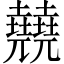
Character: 㚁